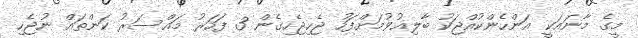
މީގެ މާނައަކީ އަންހެންކުއްޖަކު ބާލިޣުވުމަށްފަހު ޖެހިޖެހިގެން 3 ފަހަރު މައްސަރު ކަންތައް ނުޖެހި